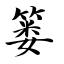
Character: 篓